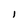
Character: 1